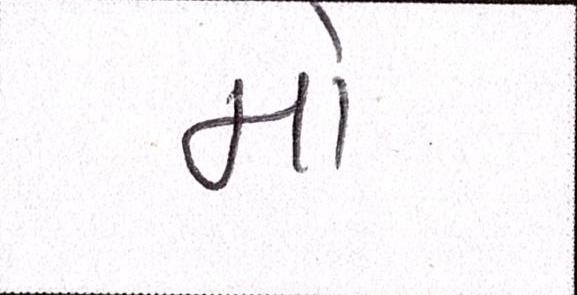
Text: મો